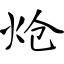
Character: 炝